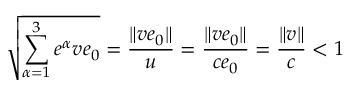
\sqrt { \sum _ { \alpha = 1 } ^ { 3 } \displaystyle { e ^ { \alpha } } v e _ { 0 } } = \frac { \| v e _ { 0 } \| } { u } = \frac { \| v e _ { 0 } \| } { c e _ { 0 } } = \frac { \| v \| } { c } < 1